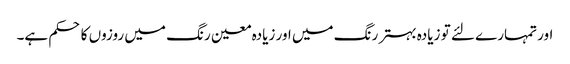
اور تمہارے لئے تو زیادہ بہتر رنگ میں اور زیادہ معین رنگ میں روزوں کا حکم ہے۔